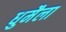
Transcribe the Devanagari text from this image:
धुमैला